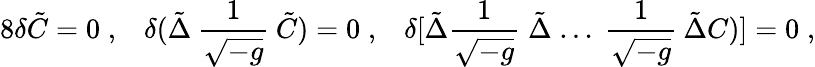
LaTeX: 8\delta\tilde{C}=0\; ,\; \; \; \delta(\tilde{\Delta}\: \frac{1}{\sqrt{-g}}\: \tilde{C})=0\; ,\; \; \; \delta[\tilde{\Delta}\frac{1}{\sqrt{-g}}\; \tilde{\Delta}\; ...\; \frac{1}{\sqrt{-g}}\: \tilde{\Delta}C)]=0\; ,